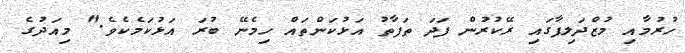
ހުރުމާއި މުޒްދަލިފާގައި ރޭކުރުން ފަދަ ތަފާތު އަޅުކަންތައް ހިމެނޭ ބުރަ އަޅުކަމެކެވެ." މިއަދުގެ